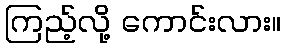
ကြည့်လို့ ကောင်းလား။